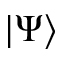
| \Psi \rangle